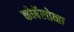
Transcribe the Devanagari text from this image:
कोर्बेलोव्हा